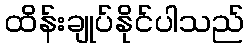
ထိန်းချုပ်နိုင်ပါသည်